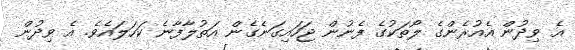
އެ ވިދުން އެއުރެންގެ ލޯތަކުގެ ފެނުން ޖަހައިގަނެގެން އަތުލާފާނެ ކަހަލައެވެ. އެ ވިދުން